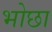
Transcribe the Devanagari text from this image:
भोछा